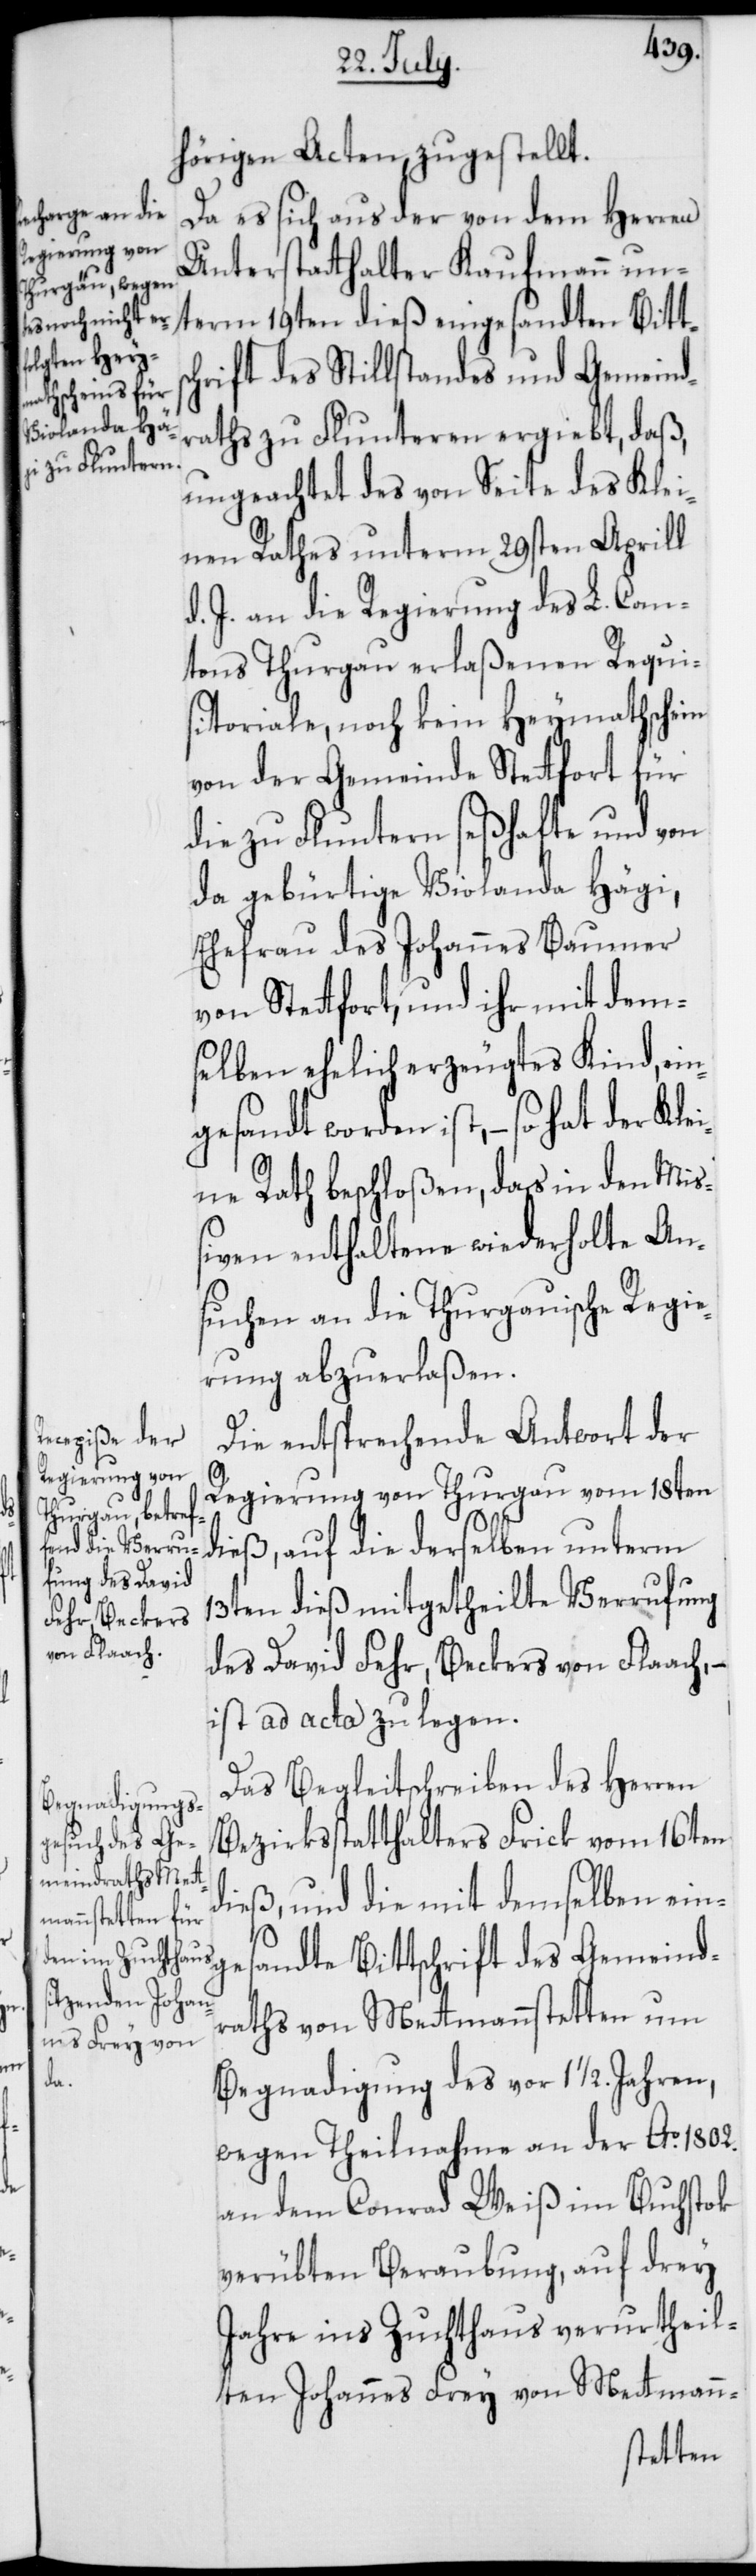
hörigen Acten zugestellt.
Da es sich aus der von dem Herren
Unterstatthalter Kaufmann un¬
term 19ten dieß eingesandten Bitt¬
hrift des Stillstandes und Gemeind¬
raths zu Fluntern ergiebt, daß,
ungeachtet des von Seite des Klei¬
nen Rathes unterm 29sten Aprill
d. J. an die Regierung des L. Can¬
tons Thurgau erlaßenen Requi¬
sitoriale, noch kein Heymathschein
von der Gemeinde Stetfort für
die zu Fluntern seßhafte und von
da gebürtige Violanda Hägi,
Ehefrau des Johannes Baumer
von Stetfort, und ihr mit dem¬
selben ehelich erzeugtes Kind, ein¬
gesandt worden ist, – so hat der Kle¬
ine Rath beschloßen, das in den Mi¬
ßiven enthaltene wiederholte An¬
suchen an die Thurgauische Regie¬
rung abzuerlaßen.
Die entsprechende Antwort der
Regierung von Thurgau vom 18ten
dieß, auf die derselben unterm
13ten dieß mitgetheilte Verrufung
des David Fehr, Beckers von Flaach, –
ist ad acta zu legen.
Das Begleitschreiben des Herren
Bezirksstatthalters Frick vom 16ten
dieß, und die mit demselben ein¬
sc¬
andte Bittschrift des Gemeind¬
raths von Metmannstetten um
ges¬
Begnadigung des vor 1 1/2 Jahren,
wegen Theilnahme an der Ao 1802.
an dem Conrad Weiß im Buchstock
verübten Beraubung, auf drey
Jahre ins Zuchthaus verurtheil¬
ten Johannes Frey von Metmann-